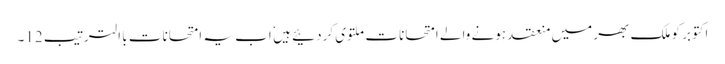
اکتوبر کو ملک بھر میں منعقد ہونے والے امتحانات ملتوی کردئیے ہیں ٗ اب یہ امتحانات با الترتیب 12۔